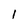
Character: l